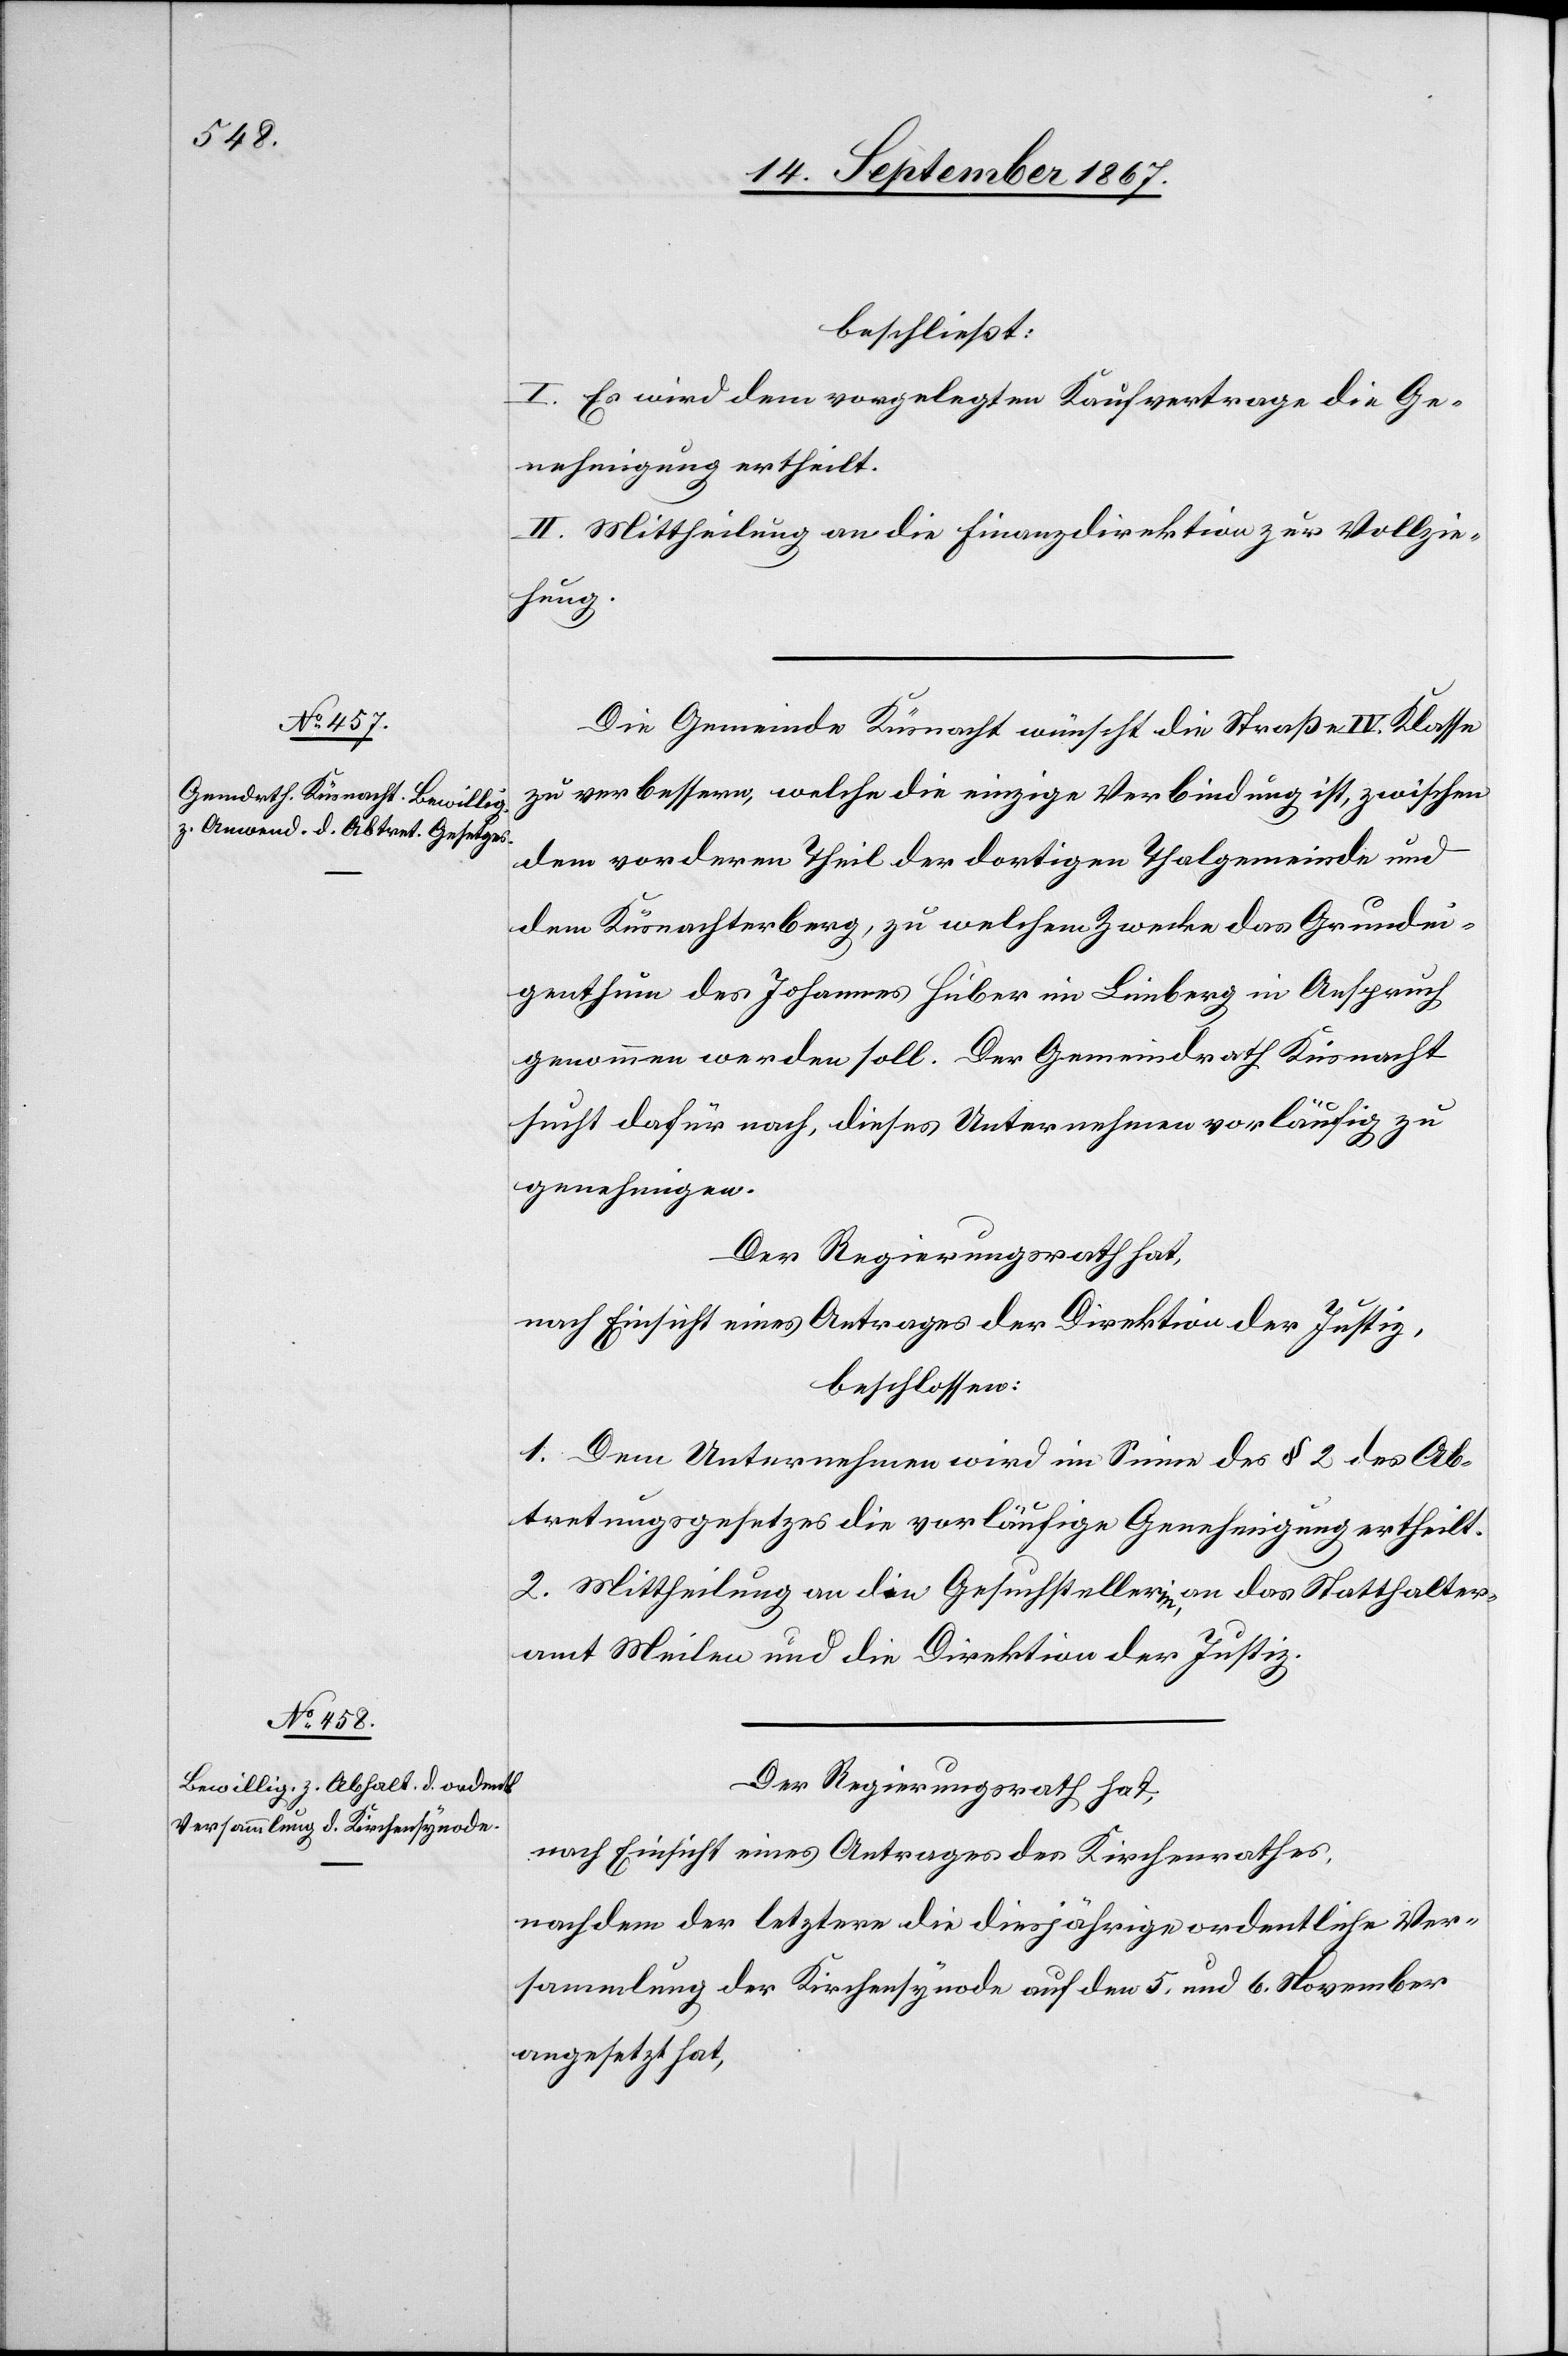
beschließt:
I. Es wird dem vorgelegten Kaufvertrage die Ge¬
nehmigung ertheilt.
II. Mittheilung an die Finanzdirektion zur Vollzie¬
hung.
Die Gemeinde Küsnacht wünscht die Straße IV. Klasse
zu verbessern, welche die einzige Verbindung ist, zwischen
dem vordern Theil der dortigen Thalgemeinde und
dem Küsnachterberg, zu welchem Zwecke das Grundei¬
genthum des Johannes Huber im Limberg in Anspruch
genommen werden soll. Der Gemeindrath Küsnacht
sucht dafür nach, dieses Unternehmen vorläufig zu
genehmigen.
Der Regierungsrath hat,
nach Einsicht eines Antrages der Direktion der Justiz,
beschlossen:
1. Dem Unternehmen wird im Sinne des § 2 des Ab¬
tretungsgesetzes die vorläufige Genehmigung ertheilt.
2. Mittheilung an die Gesuchstellerin, an das Statthalter¬
amt Meilen und die Direktion der Justiz.
Der Regierungsrath hat,
nach Einsicht eines Antrages des Kirchenrathes,
nachdem der letztere die diesjährige ordentliche Ver¬
sammlung der Kirchensynode auf den 5. und 6. November
angesetzt hat,